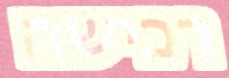
רכישה